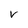
Character: v